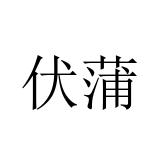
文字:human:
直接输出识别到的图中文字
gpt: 伏蒲